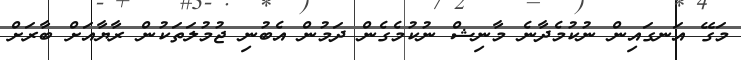
މަގޭ އަނގައިން ނުކުމެދާނެ މާނިޝް ނުކުމެގެން ދަމުން އެބުނި ޖުމުލަތަކުން ރާޔާއަށް ބާރަށް